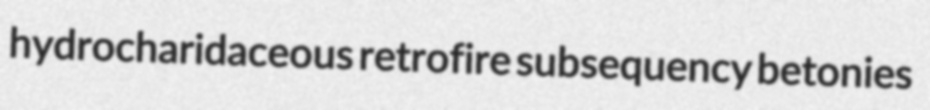
hydrocharidaceous retrofire subsequency betonies